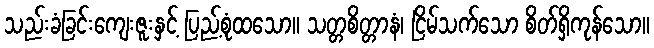
သည်းခံခြင်းကျေးဇူးနှင့် ပြည့်စုံထသော။ သတ္တစိတ္တာနံ၊ ငြိမ်သက်သော စိတ်ရှိကုန်သော။